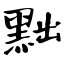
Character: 黜